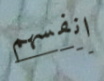
انفسهم